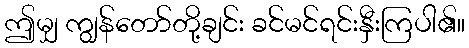
ဤမျှ ကျွန်တော်တို့ချင်း ခင်မင်ရင်းနှီးကြပါ၏။